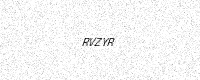
Text: RVZYR